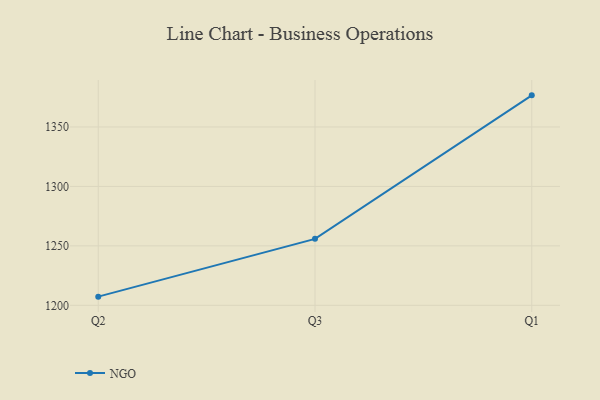
{"axis": {"x": "Quarter", "y": "Temperature (°C)"}, "legend": ["NGO"], "data": [{"x": "Q2", "y": 1207.3, "type": "NGO"}, {"x": "Q3", "y": 1255.9, "type": "NGO"}, {"x": "Q1", "y": 1376.6, "type": "NGO"}]}